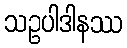
သဥပါဒါနဿ